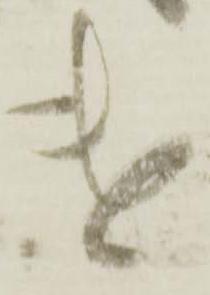
遣